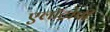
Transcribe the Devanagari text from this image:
एलॉट्रोपी